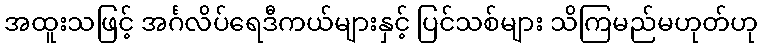
အထူးသဖြင့် အင်္ဂလိပ်ရေဒီကယ်များနှင့် ပြင်သစ်များ သိကြမည်မဟုတ်ဟု